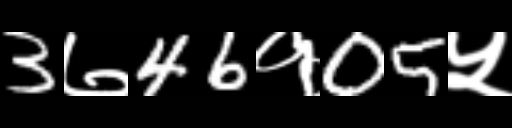
Text: 3७46१05५